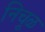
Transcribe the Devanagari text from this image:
निचूळ